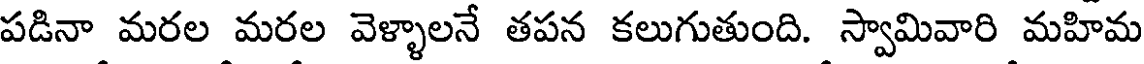
పడినా మరల మరల వెళ్ళాలనే తపన కలుగుతుంది. స్వామివారి మహిమ